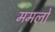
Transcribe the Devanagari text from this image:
ममलों